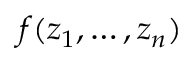
f ( z _ { 1 } , \ldots , z _ { n } )